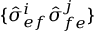
\{ \hat { \sigma } _ { e f } ^ { i } \hat { \sigma } _ { f e } ^ { j } \}